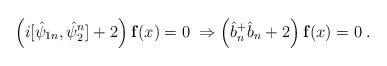
LaTeX: \begin{align*}\left(i[\hat{\psi}_{1n},\hat{\psi}_2^n]+2 \right){\bf f}(x)=0\;\Rightarrow \left(\hat{b}^+_n \hat{b}_n +2\right){\bf f}(x)=0\;.\end{align*}